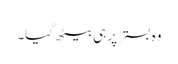
وہ بستر پر ہی بیٹھ گیا۔